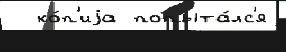
  ко́п'иjа попыта́лс'я